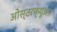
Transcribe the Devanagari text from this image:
ओस्टरफ्यूअर